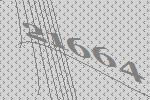
21664